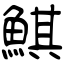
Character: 鯕